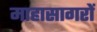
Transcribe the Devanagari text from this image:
माहासागरों